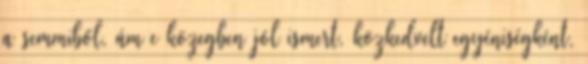
a semmiből, ám e közegben jól ismert, közkedvelt egyéniségként,